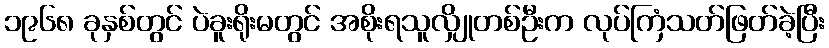
၁၉၆၈ ခုနှစ်တွင် ပဲခူးရိုးမတွင် အစိုးရသူလျှိုတစ်ဦးက လုပ်ကြံသတ်ဖြတ်ခဲ့ပြီး